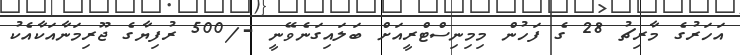
އަހަރުގެ މާރިޗު 28 ގެ ފަހުން މިމިނިސްޓްރީއަށް ބަލައިގަނެވޭނީ -/500 ރުފިޔާގެ ޖޫރިމަނާއަކާއެކު